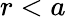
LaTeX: r<a